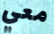
معي